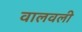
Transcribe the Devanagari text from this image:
वालवली